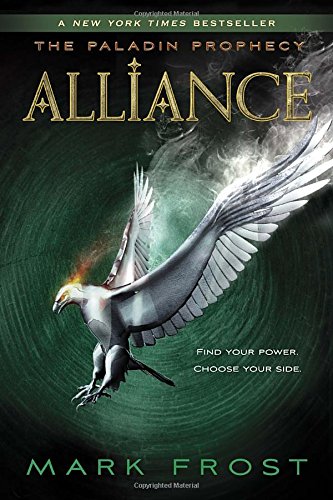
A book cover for Alliance: The Paladin Prophecy Book 2; Mark Frost; Teen & Young Adult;